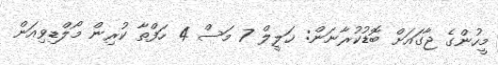
މީހުންގެ ޖާގައަށް ބޮޑުކުރާނަން: ޚަލީލް 7 މަސް 4 ހަފްތާ ކުރިން މޯލްޑިވިއަން